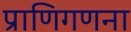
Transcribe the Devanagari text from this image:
प्राणिगणना